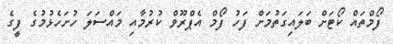
ފޯމްތައް ކޯޓަށް ބަލައިގަތުމަށް ފަހު ފޯމް އެޕްރޫވް ކުރުމާއި މައްސަލަ ހުށަހެޅުމުގެ ފީގެ